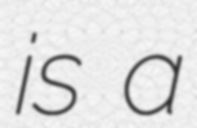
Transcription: is a